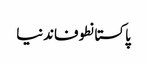
پاکستانطوفاندنیا